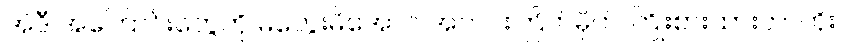
အဲဒီ အကြောင်းတွေကို မတွေးမိအောင် အတင်းကြိတ်မှိတ် ကြိုးစားထားတာကိုး။